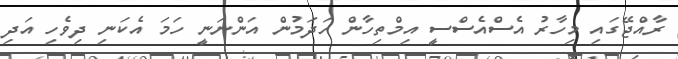
ރާއްޖޭގައި މިހާރު އެސްއެސްސީ އިމްތިހާން ހަދަމުން އަންނަނީ ހަމަ އެކަނި ދިވެހި އަދި